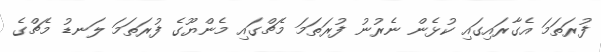
ފުރަތަމަ އެގާރައިގައި ކުޅެން ނެރުނު ފުރަތަމަ މެޗްގައި މެންޔޫގެ ފުރަތަމަ ލަނޑު މެޗްގެ